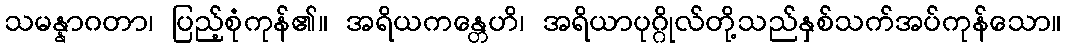
သမန္နာဂတာ၊ ပြည့်စုံကုန်၏။ အရိယကန္တေဟိ၊ အရိယာပုဂ္ဂိုလ်တို့သည်နှစ်သက်အပ်ကုန်သော။